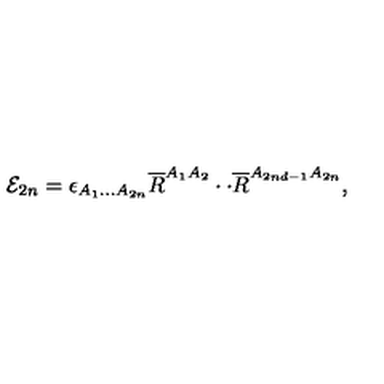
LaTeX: { \cal E } _ { 2 n } = \epsilon _ { A _ { 1 } . . . A _ { 2 n } } \overline { { R } } ^ { A _ { 1 } A _ { 2 } } \cdot \cdot \overline { { R } } ^ { A _ { 2 n d - 1 } A _ { 2 n } } ,